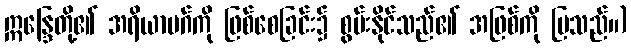
ဣန္ဒြေတို့၏ အရိယာမဂ်ကို ဖြစ်စေခြင်း၌ စွမ်းနိုင်သည်၏ အဖြစ်ကို ပြသည်။)